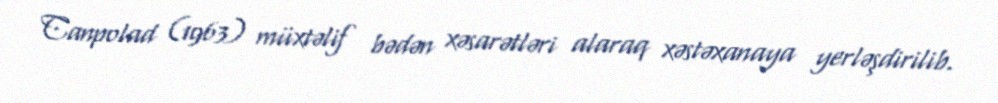
Canpolad (1963) müxtəlif bədən xəsarətləri alaraq xəstəxanaya yerləşdirilib.